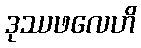
ဒုဿဖလေဟိ